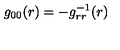
g _ { 0 0 } ( r ) = - g _ { r r } ^ { - 1 } ( r )